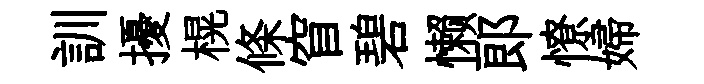
訓擾榥條窅碧懒郞憭婦